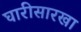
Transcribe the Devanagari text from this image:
घारीसारखा